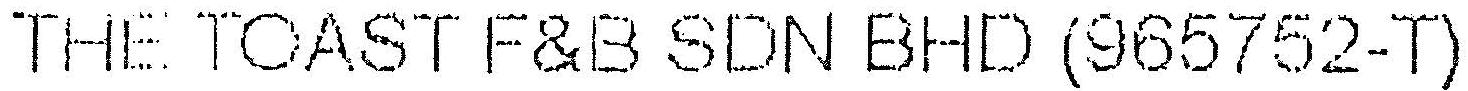
THE TOAST F&B SDN BHD (965752-T)